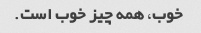
خوب، همه چیز خوب است.